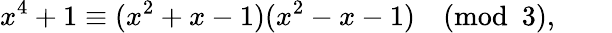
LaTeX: x^{4}+1\equiv(x^{2}+x-1)(x^{2}-x-1){\pmod{3}},\qquad